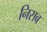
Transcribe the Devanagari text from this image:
निसब